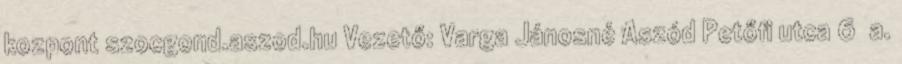
kozpont szocgond.aszod.hu Vezető: Varga Jánosné Aszód Petőfi utca 6 a.